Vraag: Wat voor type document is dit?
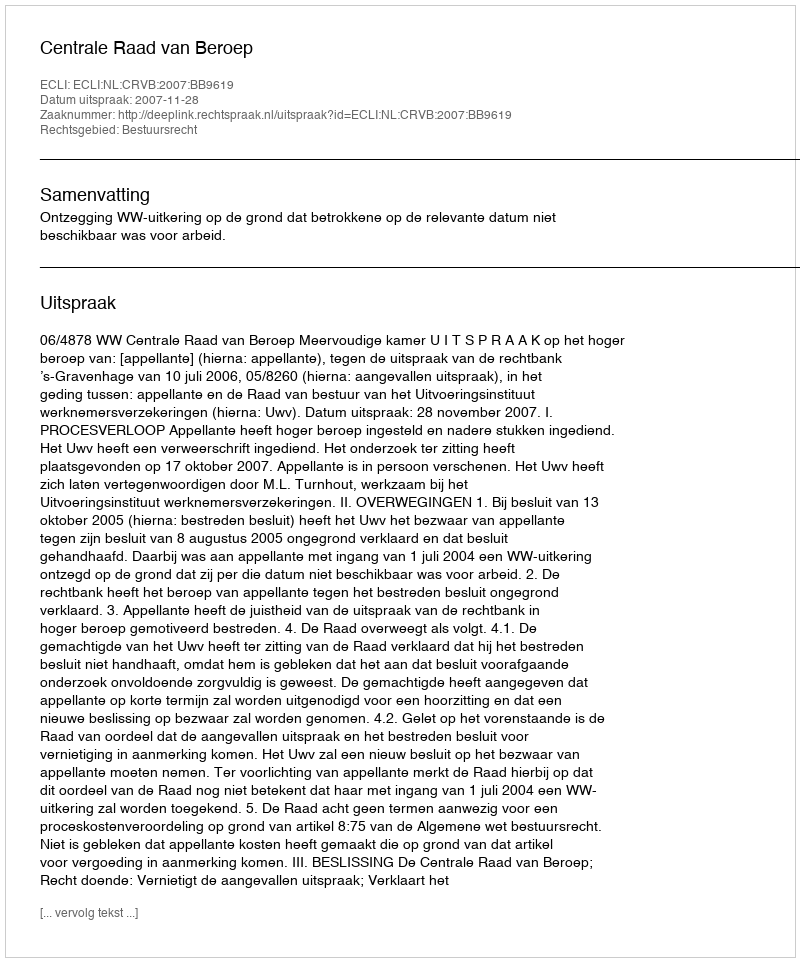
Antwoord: Uitspraak